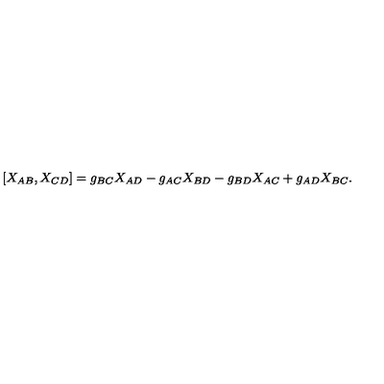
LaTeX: [ X _ { A B } , X _ { C D } ] = g _ { B C } X _ { A D } - g _ { A C } X _ { B D } - g _ { B D } X _ { A C } + g _ { A D } X _ { B C } .